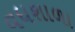
વધશાળા